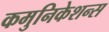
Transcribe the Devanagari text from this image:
कमुनिकेशन्स